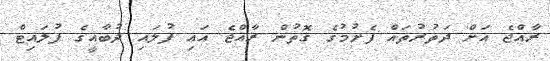
ރާއްޖެ އަށް ދަތުރުތައް ފެށުމުގެ ގޮތުން ރާއްޖެ އައި ފުލައި ދުބާއީގެ ފުލައިޓް